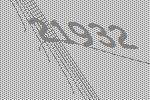
21932